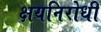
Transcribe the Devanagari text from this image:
क्षयनिरोधी